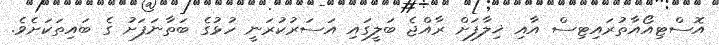
އޮސްޓިއޯއާތުރައިޓިސް އާއި ޚިލާފަށް ރާއްޖެ ބަލީގައި އަސަރުކުރަނީ ހުޅުގެ ބަތާނަފަށު ގެ ބައިތަކަށެވެ.